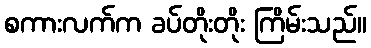
စကားလက်က ခပ်တိုးတိုး ကြိမ်းသည်။